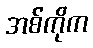
အစ်ကိုက